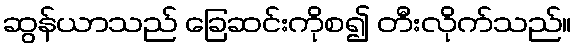
ဆွန်ယာသည် ခြေဆင်းကိုစ၍ တီးလိုက်သည်။